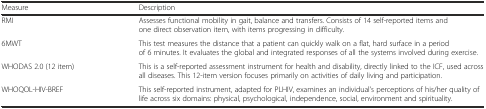
| Measure | Description |
 | --- | --- |
 | RMI | Assesses functional mobility in gait, balance and transfers. Consists of 14 self-reported items and one direct observation item, with items progressing in difficulty. |
 | 6MWT | This test measures the distance that a patient can quickly walk on a flat, hard surface in a period of 6 minutes. It evaluates the global and integrated responses of all the systems involved during exercise. |
 | WHODAS 2.0 (12 item) | This is a self-reported assessment instrument for health and disability, directly linked to the ICF, used across all diseases. This 12-item version focuses primarily on activities of daily living and participation. |
 | WHOQOL-HIV-BREF | This self-reported instrument, adapted for PLHIV, examines an individual’s perceptions of his/her quality of life across six domains: physical, psychological, independence, social, environment and spirituality. |